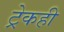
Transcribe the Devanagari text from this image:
ट्रेकही